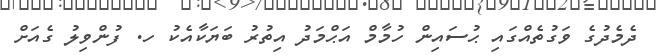
ދެމެދުގެ ވަގުތެއްގައި ޙުސައިން ހުމާމް އަޙްމަދު އިތުރު ބަޔަކާއެކު ހ. ފުންވިލު ގެއަށް